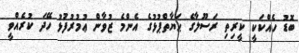
ބޮޑު ހެއްކަކީ ކީރިތި ރަސޫލާގެ ޙަޔާތްޕުޅުގެ އެންމެ ޒުވާން ޢުމުރުފުޅު ހޭދަ ކުރެއްވީ